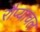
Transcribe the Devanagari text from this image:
रौप्याचल